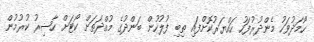
ހޯމަދުވަހު މެންދުރުފަހު ހައްޔަރުކޮށްފައި ތިބި ފުލުހުން ބަންދުގެ މުއްދަތަށް ކޯޓަށް ހާޟިރު ކުރުމުން